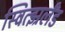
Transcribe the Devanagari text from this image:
स्वित्झ्रर्लँड